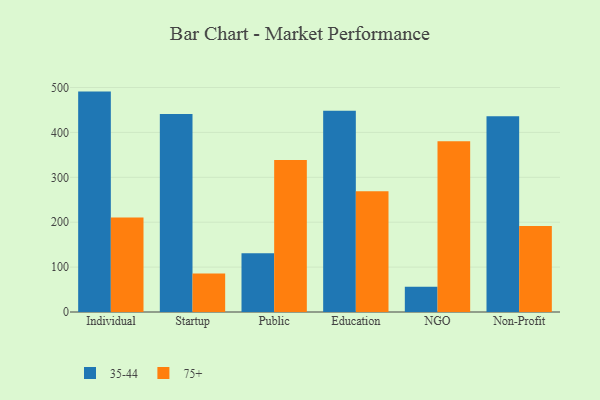
{"axis": {"x": "Segment", "y": "Operating Costs (USD K)"}, "legend": ["35-44", "75+"], "data": [{"x": "Individual", "y": 490.9, "type": "35-44"}, {"x": "Individual", "y": 210.4, "type": "75+"}, {"x": "Startup", "y": 441.1, "type": "35-44"}, {"x": "Startup", "y": 85.9, "type": "75+"}, {"x": "Public", "y": 130.8, "type": "35-44"}, {"x": "Public", "y": 338.8, "type": "75+"}, {"x": "Education", "y": 448.3, "type": "35-44"}, {"x": "Education", "y": 268.8, "type": "75+"}, {"x": "NGO", "y": 56.0, "type": "35-44"}, {"x": "NGO", "y": 380.2, "type": "75+"}, {"x": "Non-Profit", "y": 436.1, "type": "35-44"}, {"x": "Non-Profit", "y": 191.3, "type": "75+"}]}